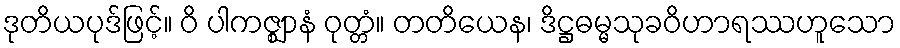
ဒုတိယပုဒ်ဖြင့်။ ဝိ ပါကဇ္ဈာနံ ဝုတ္တံ။ တတိယေန၊ ဒိဋ္ဌဓမ္မသုခဝိဟာရဿဟူသော